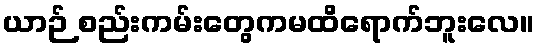
ယာဉ် စည်းကမ်းတွေကမထိရောက်ဘူးလေ။